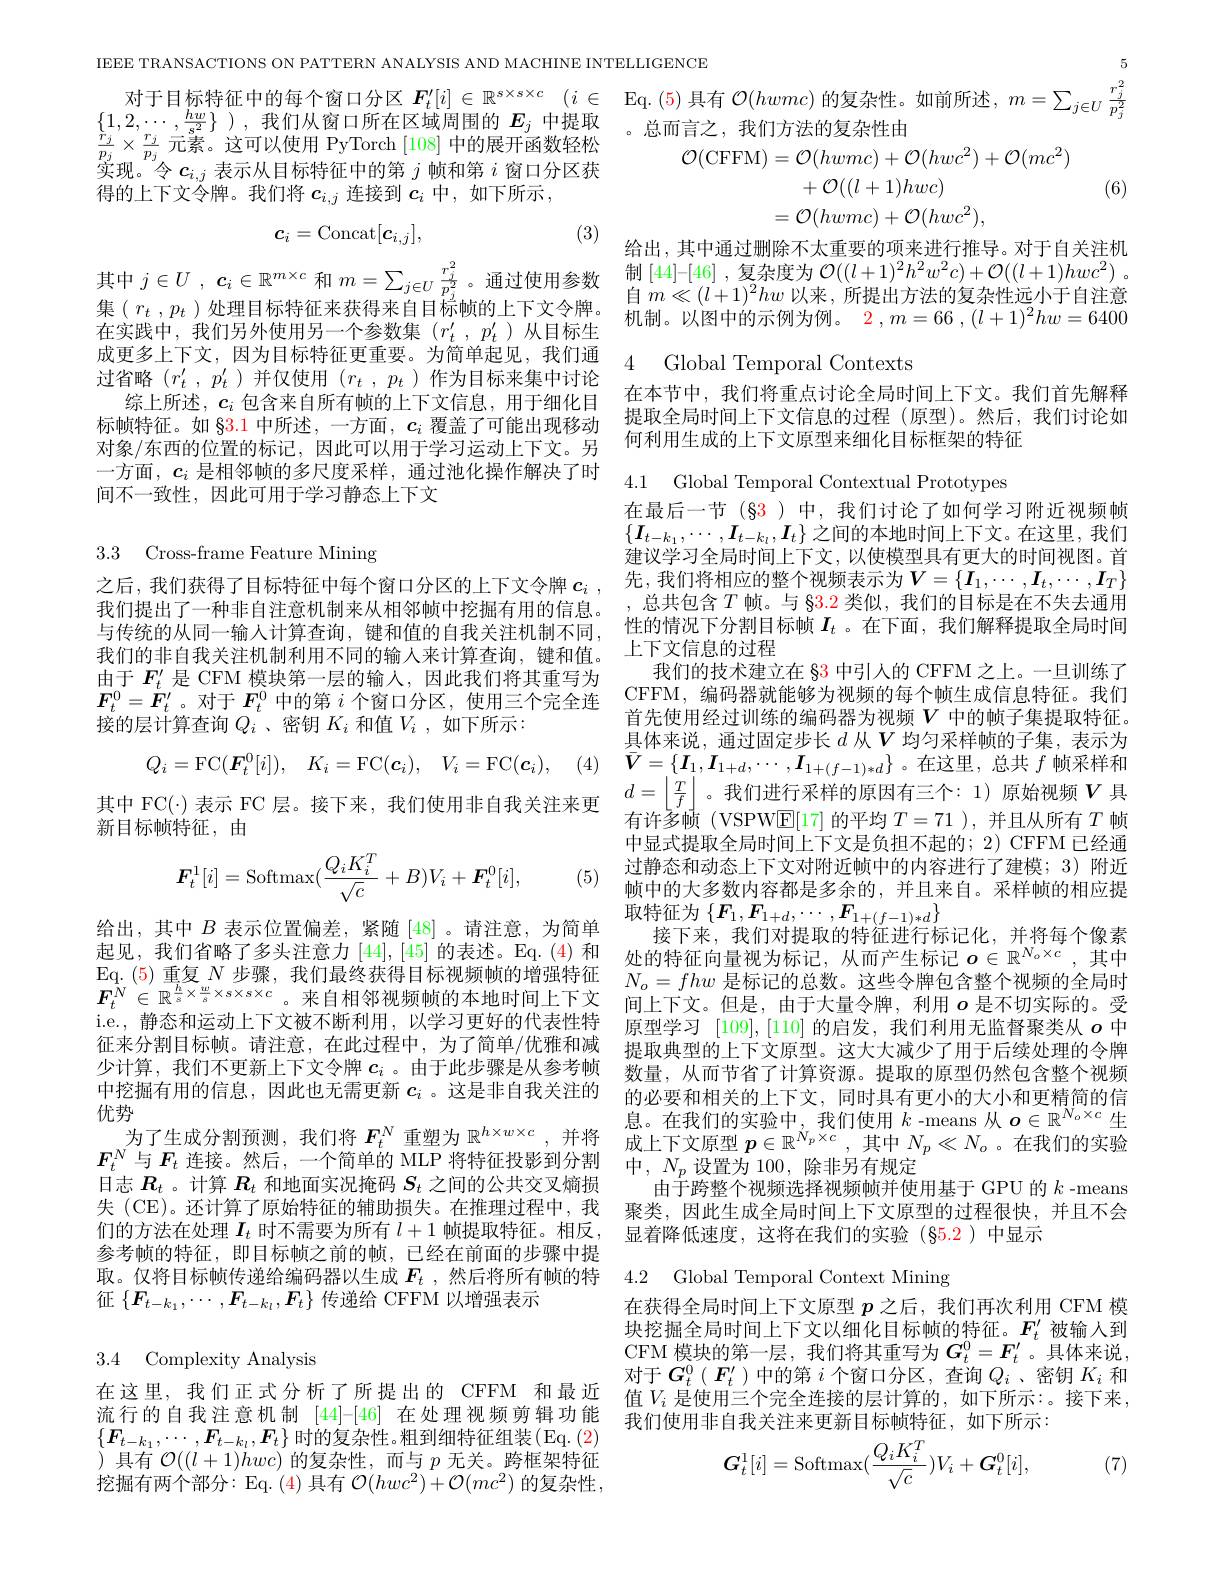
$\{1,2,\cdots,\frac{hw}{s^2}\}$),我们从窗口所在区域周围的$E_j$中提取$\frac{\hat{r}_j}{p_j}\times\frac{r_j}{p_j}$元素。这可以使用 PyTorch [108]中的展开函数轻松实现。令$c_i,j$表示从目标特征中的第$j$帧和第$i$窗口分区获得的上下文令牌。我们将$c_i,j$连接到$c_i$中，如下所示，

(3)
$$c_i=\mathrm{Concat}[c_{i,j}],$$
其中$j\in U$ , $c_i\in \mathbb{R} ^{m\times c}$和$m=\sum_{j\in U}\frac{r_j^2}{p_i^2}$。通过使用参数在实践中，我们另外使用另一个参数集($r_t^\prime,p_t^{\prime}$)从目标生过省略$(r_t^{\prime},p_t^{\prime}$ )并仅使用$(r_t,p_t)$作为目标来集中讨论
综上所述，$c_i$包含来自所有帧的上下文信息，用于细化目标帧特征。如$\S3.1$中所述，一方面$,c_i$覆盖了可能出现移动对象/东西的位置的标记，因此可以用于学习运动上下文。另一方面，$c_i$是相邻帧的多尺度采样，通过池化操作解决了时间不一致性，因此可用于学习静态上下文

3.3 Cross-frame Feature Mining

之后，我们获得了目标特征中每个窗口分区的上下文令牌$c_i$ ,先，我们将相应的整个视频表示为$\boldsymbol{V}=\{\boldsymbol{I}$

我们提出了一种非自注意机制来从相邻帧中挖掘有用的信息。与传统的从同一输人计算查询，键和值的自我关注机制不同， 我们的非自我关注机制利用不同的输入来计算查询，键和值。由于$F_t^{\prime}$是 CFM 模块第一层的输入，因此我们将其重写为$\boldsymbol{F}_t^0=\ddot{\boldsymbol{F}}_t^{\prime}$。对于$\boldsymbol{F}_t^0$中的第$i$个窗口分区，使用三个完全连接的层计算查询$Q_i$ 、密钥$K_i$和值$V_i$,如下所示：
$$Q_i=\mathrm{FC}(\boldsymbol{F}_t^0[i]),\quad K_i=\mathrm{FC}(\boldsymbol{c}_i),\quad V_i=\mathrm{FC}(\boldsymbol{c}_i),$$
新目标帧特征，由
$$\boldsymbol{F}_t^1[i]=\mathrm{Softmax}(\frac{Q_iK_i^T}{\sqrt{c}}+B)V_i+\boldsymbol{F}_t^0[i],$$
起见，我们省略了多头注意力[44],[45]的表述。Eq.(4)和Eq. ( 5) 重 复 $N$步骤，我们最终获得目标视频帧的增强特征i.e., 静态和运动上下文被不断利用，以学习更好的代表性特征来分割目标帧。请注意，在此过程中，为了简单/优雅和减少计算，我们不更新上下文令牌$c_i$ 。由于此步骤是从参考帧中挖掘有用的信息，因此也无需更新$c_i$ 。这是非自我关注的优势
日志$R_t$ 。计算$R_t$和地面实况掩码$S_t$之间的公共交叉熵损们的方法在处理$\boldsymbol{I}_t$时不需要为所有$l+1$帧提取特征。相反， 参考帧的特征，即目标帧之前的帧，已经在前面的步骤中提取。仅将目标帧传递给编码器以生成$F_t$ ,然后将所有帧的特征$\{F_{t-k_1},\cdots,F_{t-k_l},F_t\}$传递给 CFFM 以增强表示

## 3.4 Complexity Analysis

在这里，我们正式分析了所提出的 CFFM 和最近流行的自我注意机制 [44]-[46] 在处理视频剪辑功能$\{\boldsymbol{F}_{t-k_1},\cdots,\boldsymbol{F}_{t-k_l},\boldsymbol{F}_t\}$时的复杂性。粗到细特征组装(Eq.(2 )具有$\mathcal{O}((l+1)\dot{h}wc)$的复杂性，而与$p$无关。跨框架特征挖掘有两个部分：Eq. ( 4) 具 有 $\mathcal{O} ( hwc^2) + \mathcal{O} ( mc^2)$ 的复杂性，

5

IEEE TRANSACTIONS ON PATTERN ANALYSIS AND MACHINE INTELLIGENCE

对于目标特征中的每个窗口分区$\boldsymbol{F}_t^{\prime }[ i] \in \mathbb{R} ^{s\times s\times c}$ $( i\in$ Eq.(5)具有$\mathcal{O}(hwmc)$的复杂性。如前所述，$m=\sum_j\in U\frac{r_j^2}{p_j^2}$
。总而言之，我们方法的复杂性由
$$\begin{aligned}\mathcal{O}(\mathrm{CFFM})&=\mathcal{O}(hwmc)+\mathcal{O}(hwc^{2})+\mathcal{O}(mc^{2})\\&+\mathcal{O}((l+1)hwc)\\&=\mathcal{O}(hwmc)+\mathcal{O}(hwc^{2}),\\\end{aligned}$$
(6)

给出 , 其中通过删除不太重要的项来进行推导。对于自关注机制 [44]-[46] , 复杂度为$\mathcal{O} ( ( l+ 1) ^2h^2w^2c) + \mathcal{O} ( ( l+ 1) hwc^2)$ . 自$m\ll(l+1)^2hw$ 以来，所提出方法的复杂性远小于自注意
集$\left(r_{t},p_{t}\right)$处理目标特征来获得来自目标帧的上下文令牌。$\begin{array}{ll}{\text{目}m\ll(l+1)nw\text{ 以来，所提出力宏的复杂性现小于目驻息}}\\{\text{在实践中 我们另外值用另一个参数准 }(r_{i}^{\prime},n_{i}^{\prime})\text{ 从日标生}}&{\text{机制。以图中的示例为例。}2,m=66,(l+1)^2hw=6400}\end{array}$

成更多上下文，因为目标特征更重要。为简单起见，我们通 4 Global Temporal Contexts

在本节中，我们将重点讨论全局时间上下文。我们首先解释提取全局时间上下文信息的过程(原型)。然后，我们讨论如何利用生成的上下文原型来细化目标框架的特征

4.1 Global Temporal Contextual Prototypes

(4)

在最后一节(§3)中，我们讨论了如何学习附近视频帧$\{\boldsymbol{I}_{t-k_1},\cdots,\boldsymbol{I}_{t-k_l},\boldsymbol{I}_t\}$之间的本地时间上下文。在这里，我们建议学习全局时间上下文，以使模型具有更大的时间视图。首,总共包含$T$ 帧。与 83.2 类似，我们的目标是在不失去通用性的情况下分割目标帧$I_t$ 。在下面，我们解释提取全局时间上下文信息的过程
我们的技术建立在 83 中引入的 CFFM 之上。一旦训练了CFFM, 编码器就能够为视频的每个帧生成信息特征。我们首先使用经过训练的编码器为视频$V$ 中的帧子集提取特征。具体来说，通过固定步长$d$从$V$均匀采样帧的子集，表示为有许多帧(VSPW$\boxed{\mathrm{E}}[17]$的平均$T=71$ ),并且从所有$T$帧中显式提取全局时间上下文是负担不起的；2) CFFM 已经通过静态和动态上下文对附近帧中的内容进行了建模；3)附近帧中的大多数内容都是多余的，并且来自。采样帧的相应提
取 特 征 为 $\{ F_1, F_{1+ d}, \cdots , F_{1+ ( f- 1) * d}\}$ 给 出 , 其 中 $B$ 表 示 位 置 偏 差 , 紧 随 [48] 。请 注 意 , 为 简 单 接 下 来 , 我 们 对 提 取 的 特 征 并 行 标
接下来，我们对提取的特征进行标记化，并将每个像素处的特征向量视为标记，从而产生标记$o\in\mathbb{R}^{N_o\times c}$,其中$N_o=fhw$是标记的总数。这些令牌包含整个视频的全局时
$\boldsymbol{F}_t^N\in\mathbb{R}^{\frac hs\times\frac ws\times s\times s\times c}$。来自相邻视频帧的本地时间上下文 间上下文。但是，由于大量令牌，利用$\boldsymbol{o}$ 是不切实际的。受
原型学习[109],[110]的启发，我们利用无监督聚类从$o$中提取典型的上下文原型。这大大减少了用于后续处理的令牌数量，从而节省了计算资源。提取的原型仍然包含整个视频的必要和相关的上下文，同时具有更小的大小和更精简的信息。在我们的实验中，我们使用$k$-means 从$o\in\mathbb{R}^N_o\times c$ 生
为 了 生 成 分 割 预 测 , 我 们 将 $F_t^N$重 塑 为 $\mathbb{R} ^{h\times w\times c}$,并 将 成 上 下 文 原 型 $\boldsymbol{p}\in \mathbb{R} ^{N_p\times c}$,其 中 $N_p\ll N_o$。在 我 们 的 实 验
$\boldsymbol{F}_{t}^{N}$ 与 $\boldsymbol{F}_{t}$ 连 接 。然 后 , 一 个 简 单 的 MLP 将 特 征 投 影 到 分 割 中 , $N_{p}$ 设 置 为 100, 除 非 另 有 规 定 口 十 $\boldsymbol{P}_{\text{ 计 算 }\boldsymbol{B}}$ 和 地 面 守 沿 标 可 $\boldsymbol{S}$ 之 间 的 公 世 方 可 偏 相 中 , $N_{p}$ 设 置 为 1000, 除 非 另 有 规 定
$\dot{\text{由于跨整个视频选择视频帧并使用基于 GPU 的 }k}$-means
失 (CE)。还计算了原始特征的辅助损失。在推理过程中，我 聚类，因此生成全局时间上下文原型的过程很快，并且不会
显着降低速度，这将在我们的实验(85.2)中显示
4.2 Global Temporal Context Mining

(5)

在获得全局时间上下文原型$p$之后，我们再次利用 CFM 模块挖掘全局时间上下文以细化目标帧的特征。$F_t^{\prime}$被输入到CFM 模块的第一层，我们将其重写为$G_t^0=F_t^{\prime}$。具体来说， 对于$\boldsymbol{G}_t^0\left(\boldsymbol{F}_t^{\prime}\right)$中的第$i$个窗口分区，查询$Q_i$ 、密钥$K_i$和值$V_i$ 是使用三个完全连接的层计算的，如下所示：。接下来， 我们使用非自我关注来更新目标帧特征，如下所示：
$$G_t^1[i]=\mathrm{Softmax}(\frac{Q_iK_i^T}{\sqrt{c}})V_i+G_t^0[i],$$
], (7)